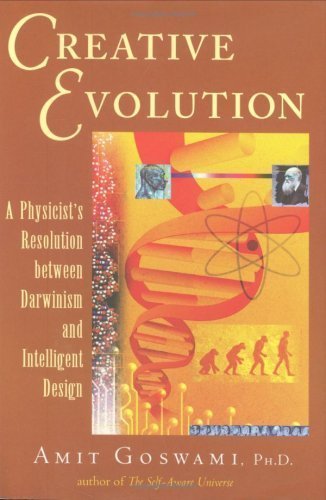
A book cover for Creative Evolution: A Physicist's Resolution Between Darwinism and Intelligent Design; Amit Goswami PhD; Christian Books & Bibles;